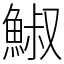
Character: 䱙